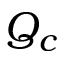
Q _ { c }